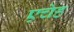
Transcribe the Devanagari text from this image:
एचेह